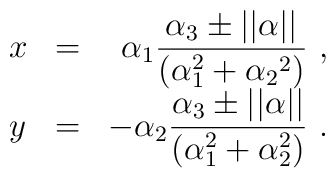
\begin{array}{lcr}    x &=& \alpha_1 \displaystyle \frac{\alpha_3 \pm ||\alpha ||}{(\alpha_1^2 + \alpha_2{}^2 )}\ , \\y &=& \displaystyle -\alpha_2 \frac{\alpha_3 \pm ||\alpha ||}{(\alpha_1^2 + \alpha_2^2)}\ .\end{array}